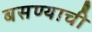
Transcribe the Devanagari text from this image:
बसण्‍याची